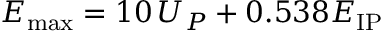
E _ { \mathrm { m a x } } = 1 0 \, U _ { P } + 0 . 5 3 8 E _ { \mathrm { I P } }